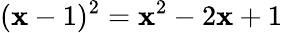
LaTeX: (\mathbf{x}-1)^{2}=\mathbf{x}^{2}-2\mathbf{x}+1